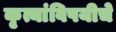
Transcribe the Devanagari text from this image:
कृत्यांविषयीचे